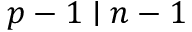
p - 1 \mid n - 1